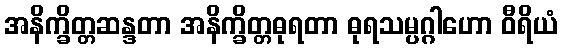
အနိက္ခိတ္တဆန္ဒတာ အနိက္ခိတ္တဓုရတာ ဓုရသမ္ပဂ္ဂါဟော ဝီရိယံ